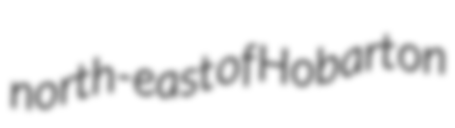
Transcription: north-east of Hobart on